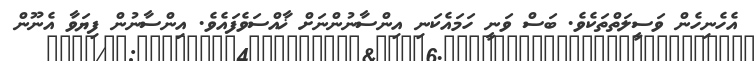
އެހެނިހެން ވަސީލަތްތަކެވެ. ބަސް ވަނީ ހަމައެކަނި އިންސާނުންނަށް ޚާއްސަވެފައެވެ. އިންސާނުން ފިޔަވާ އެނޫން